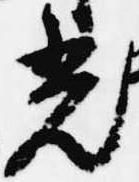
光